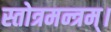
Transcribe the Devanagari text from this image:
स्तोत्रमन्त्रम्।